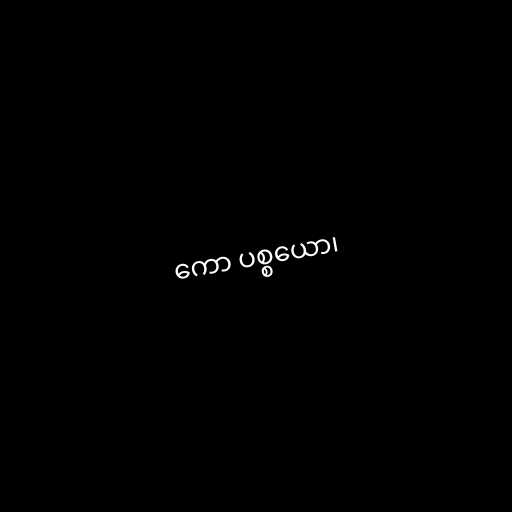
ကော ပစ္စယော၊